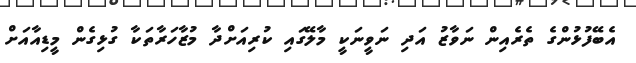
އެބޭފުޅުންގެ ތެރެއިން ނަވާޒު އަދި ނަވީނަކީ މާލޭގައި ކުރިއަށްދާ މުޒާހަރާތަކާ ގުޅިގެން މީޑިއާއަށް